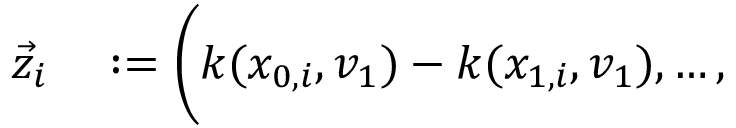
\begin{array} { r l } { \vec { z } _ { i } } & { { } : = \bigg ( k ( x _ { 0 , i } , v _ { 1 } ) - k ( x _ { 1 , i } , v _ { 1 } ) , \dots , } \end{array}